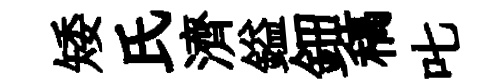
矮氏濟鎰鈿稿叱